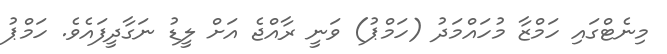
މިނެޓްގައި ހަމްޒާ މުހައްމަދު (ހަމްޕު) ވަނީ ރާއްޖެ އަށް ލީޑު ނަގާދީފައެވެ. ހަމްޕު